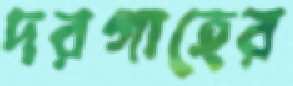
দরগাহের